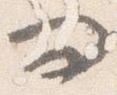
問